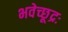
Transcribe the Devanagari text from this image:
भवेच्छूद्रः